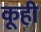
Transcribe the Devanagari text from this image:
कूही